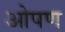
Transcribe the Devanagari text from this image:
ओपण